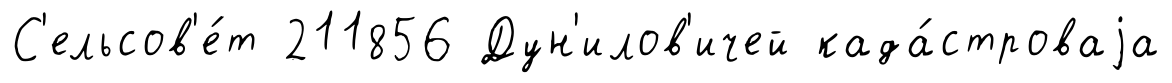
С'ельсов'е́т 211856 Дун'илов'ичей када́строваjа